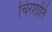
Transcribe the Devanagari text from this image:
चिरशांति